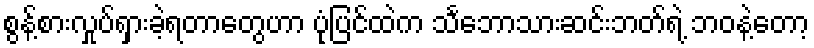
စွန့်စားလှုပ်ရှားခဲ့ရတာတွေဟာ ပုံပြင်ထဲက သင်္ဘောသားဆင်းဘတ်ရဲ့ ဘဝနဲ့တော့